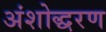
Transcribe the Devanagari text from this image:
अंशोद्धरण